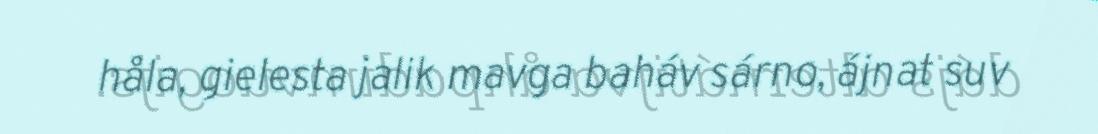
håla, gielesta jalik mavga baháv sárno, ájnat suv